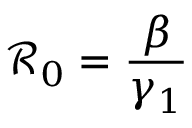
\mathcal { R } _ { 0 } = \frac { \beta } { \gamma _ { 1 } }